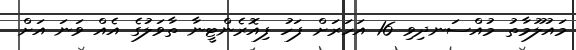
މައުލޫމާތު މުއްސަނދިވި 16 އަހަރަށް ފަހު ފިއޮރެންޓީނާ ތާވަލުގެ އެއް ވަނަ އަށް